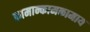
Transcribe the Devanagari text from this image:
कामान्कामकामाय